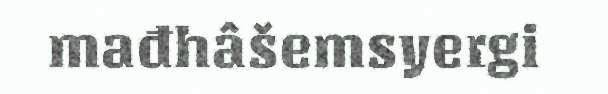
mađhâšemsyergi